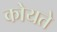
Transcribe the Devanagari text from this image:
कोयते